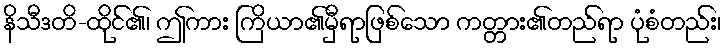
နိသီဒတိ-ထိုင်၏၊ ဤကား ကြိယာ၏မှီရာဖြစ်သော ကတ္တား၏တည်ရာ ပုံစံတည်း၊